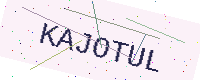
Text: KAJOTUL